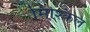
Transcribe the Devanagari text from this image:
मिश्किल